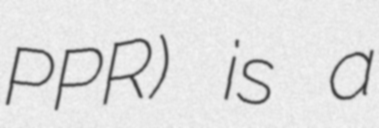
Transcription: PPR) is a